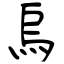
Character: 烏